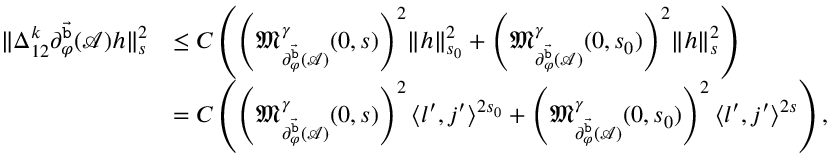
\begin{array} { r l } { \rVert \Delta _ { 1 2 } ^ { k } \partial _ { \varphi } ^ { \vec { \mathtt { b } } } ( \mathcal { A } ) h \rVert _ { s } ^ { 2 } } & { \le C \left( \left( \mathfrak { M } _ { \partial _ { \varphi } ^ { \vec { \mathtt { b } } } ( \mathcal { A } ) } ^ { \gamma } ( 0 , s ) \right) ^ { 2 } \rVert h \rVert _ { s _ { 0 } } ^ { 2 } + \left( \mathfrak { M } _ { \partial _ { \varphi } ^ { \vec { \mathtt { b } } } ( \mathcal { A } ) } ^ { \gamma } ( 0 , s _ { 0 } ) \right) ^ { 2 } \rVert h \rVert _ { s } ^ { 2 } \right) } \\ & { = C \left( \left( \mathfrak { M } _ { \partial _ { \varphi } ^ { \vec { \mathtt { b } } } ( \mathcal { A } ) } ^ { \gamma } ( 0 , s ) \right) ^ { 2 } \langle l ^ { \prime } , j ^ { \prime } \rangle ^ { 2 s _ { 0 } } + \left( \mathfrak { M } _ { \partial _ { \varphi } ^ { \vec { \mathtt { b } } } ( \mathcal { A } ) } ^ { \gamma } ( 0 , s _ { 0 } ) \right) ^ { 2 } \langle l ^ { \prime } , j ^ { \prime } \rangle ^ { 2 s } \right) , } \end{array}